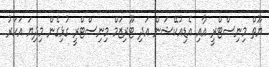
ޔޫތް މިނިސްޓްރީ އާއި އެޑިއުކޭޝަން އަދި ޓޫރިޒަމް މިނިސްޓްރީ ގުޅިގެން މިދިޔަ އަހަރު